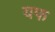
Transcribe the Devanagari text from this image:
यफ